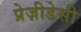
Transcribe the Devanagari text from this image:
प्रेज़ीडेसी